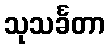
သုသင်္ခတာ